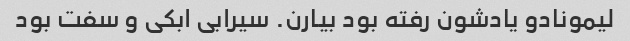
لیمونادو یادشون رفته بود بیارن. سیرابی ابکی و سفت بود